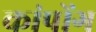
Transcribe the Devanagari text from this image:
कांपोंग